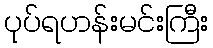
ပုပ်ရဟန်းမင်းကြီး